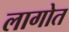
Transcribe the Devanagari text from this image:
लागोत